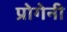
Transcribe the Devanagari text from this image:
प्रोगेनी